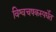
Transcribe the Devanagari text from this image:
विश्वचषकस्पर्धेत